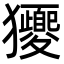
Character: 獿